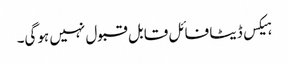
ہیکس ڈیٹا فائل قابل قبول نہیں ہوگی۔